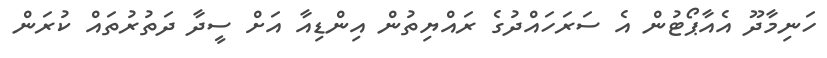
ހަނިމާދޫ އެއާޕޯޓުން އެ ސަރަހައްދުގެ ރައްޔިތުން އިންޑިއާ އަށް ސީދާ ދަތުރުތައް ކުރަން